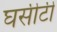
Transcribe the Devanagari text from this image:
घसीटी